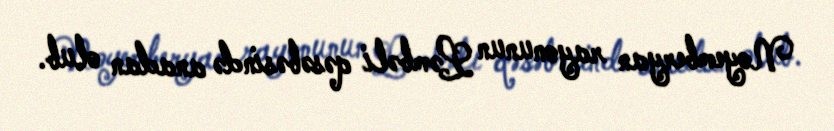
Noyemberyan rayonunun Ləmbəli qəsəbəsində anadan olub.